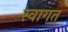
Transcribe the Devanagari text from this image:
स्वागत्